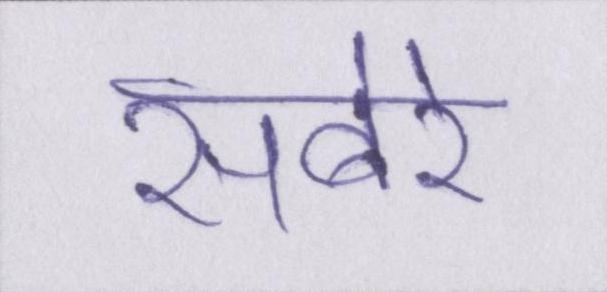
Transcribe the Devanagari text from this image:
सबेरे